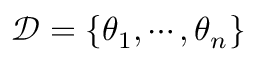
\mathcal { D } = \{ \boldsymbol { \theta } _ { 1 } , \cdots , \boldsymbol { \theta } _ { n } \}